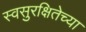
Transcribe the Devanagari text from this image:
स्वसुरक्षितेच्या